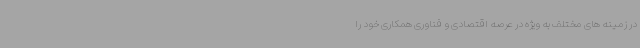
در زمینه های مختلف به ویژه در عرصه اقتصادی و فناوری همکاری خود را